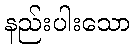
နည်းပါးသော